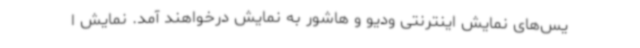
یس‌های نمایش اینترنتی ودیو و هاشور به نمایش درخواهند آمد. نمایش ا